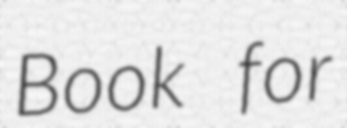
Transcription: Book for